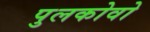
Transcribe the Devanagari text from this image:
पुलकोवो